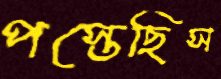
পস্তেছিস